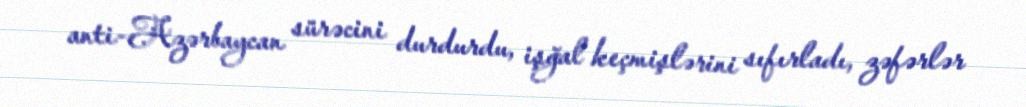
anti-Azərbaycan sürəcini durdurdu, işğal keçmişlərini sıfırladı, zəfərlər